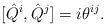
\begin{align*}[\hat{Q}^i, \hat{Q}^j]=i\theta^{ij}. \end{align*}